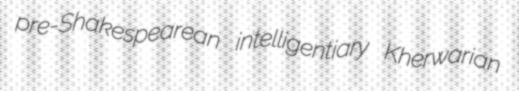
pre-Shakespearean intelligentiary Kherwarian